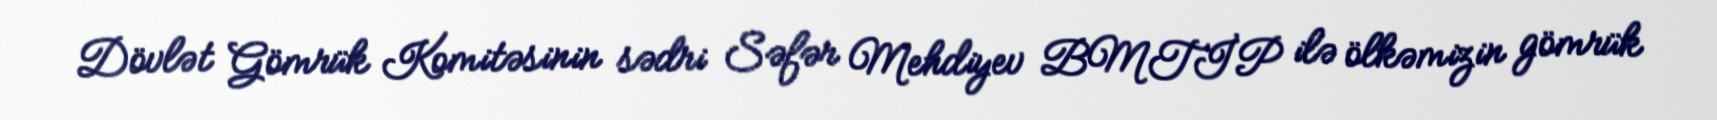
Dövlət Gömrük Komitəsinin sədri Səfər Mehdiyev BMTİP ilə ölkəmizin gömrük